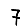
Digit: 7